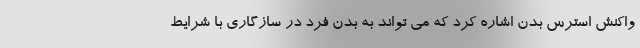
واکنش استرس بدن اشاره کرد که می تواند به بدن فرد در سازگاری با شرایط